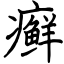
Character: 癣